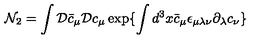
{ \mathcal N } _ { 2 } = \int { \mathcal D } { \bar { c } } _ { \mu } { \mathcal D } c _ { \mu } \exp \{ \int d ^ { 3 } x { \bar { c } } _ { \mu } \epsilon _ { \mu \lambda \nu } \partial _ { \lambda } c _ { \nu } \}